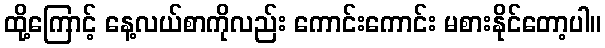
ထို့ကြောင့် နေ့လယ်စာကိုလည်း ကောင်းကောင်း မစားနိုင်တော့ပါ။